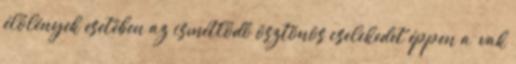
élőlények esetében az ismétlődő ösztönös cselekedet éppen a „vak